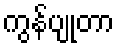
ကွန်ပျုတာ